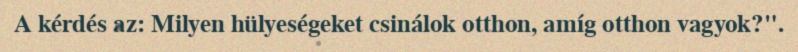
A kérdés az: Milyen hülyeségeket csinálok otthon, amíg otthon vagyok?".